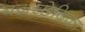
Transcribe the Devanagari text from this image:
बज्रच्छेदिका